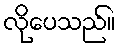
လိုပေသည်။